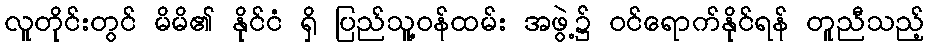
လူတိုင်းတွင် မိမိ၏ နိုင်ငံ ရှိ ပြည်သူ့ဝန်ထမ်း အဖွဲ့၌ ဝင်ရောက်နိုင်ရန် တူညီသည့်